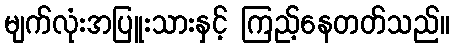
မျက်လုံးအပြူးသားနှင့် ကြည့်နေတတ်သည်။